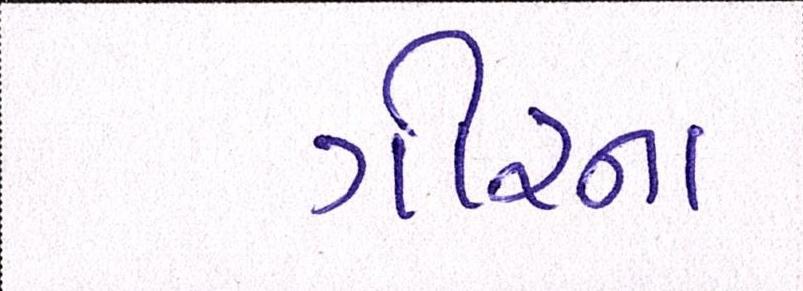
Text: ગીરના